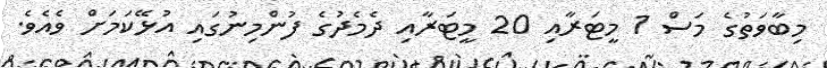
މިބާވަތުގެ މަސް 1 މީޓަރާއި 20 މީޓަރާއި ދެމެދުގެ ފުންމިނުގައި އުޅޭކަމަށް ވެއެވެ.